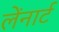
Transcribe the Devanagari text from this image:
लेंनार्ट